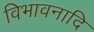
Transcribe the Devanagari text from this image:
विभावनादि